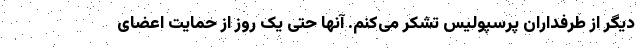
دیگر از طرفداران پرسپولیس تشکر می‌کنم. آنها حتی یک روز از حمایت اعضای